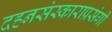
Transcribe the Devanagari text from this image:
दहनसंस्काराप्रसंगी